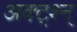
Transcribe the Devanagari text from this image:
अक्ट्श्न्